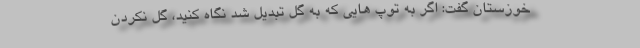
خوزستان گفت: اگر به توپ هایی که به گل تبدیل شد نگاه کنید، گل نکردن